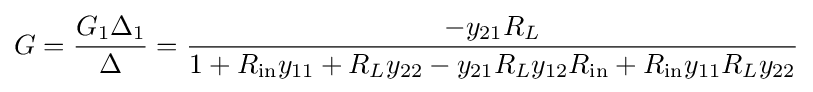
G={\frac {G_{1}\Delta _{1}}{\Delta }}={\frac {-y_{21}R_{L}}{1+R_{\text{in}}y_{11}+R_{L}y_{22}-y_{21}R_{L}y_{12}R_{\text{in}}+R_{\text{in}}y_{11}R_{L}y_{22}}}